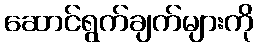
ဆောင်ရွက်ချက်များကို